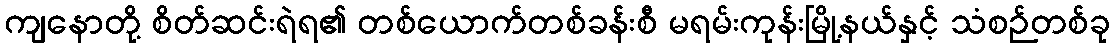
ကျနောတို့ စိတ်ဆင်းရဲရ၏ တစ်ယောက်တစ်ခန်းစီ မရမ်းကုန်းမြို့နယ်နှင့် သံစဉ်တစ်ခု